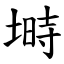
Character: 塒